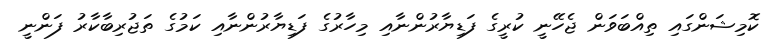
ކޮމިޝަންގައި ތިއްބަވަން ޖެހޭނީ ކުރީގެ ފަޑިޔާރުންނާއި މިހާރުގެ ފަޑިޔާރުންނާއި ކަމުގެ ތަޖުރިބާކާރު ފަންނީ